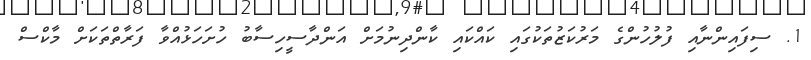
1. ސިފައިންނާއި ފުލުހުންގެ މަރުކަޒުތަކުގައި ކައްކައި ކާންދިނުމަށް އަންދާސީހިސާބު ހުށަހަޅުއްވާ ފަރާތްތަކަށް މާކްސް